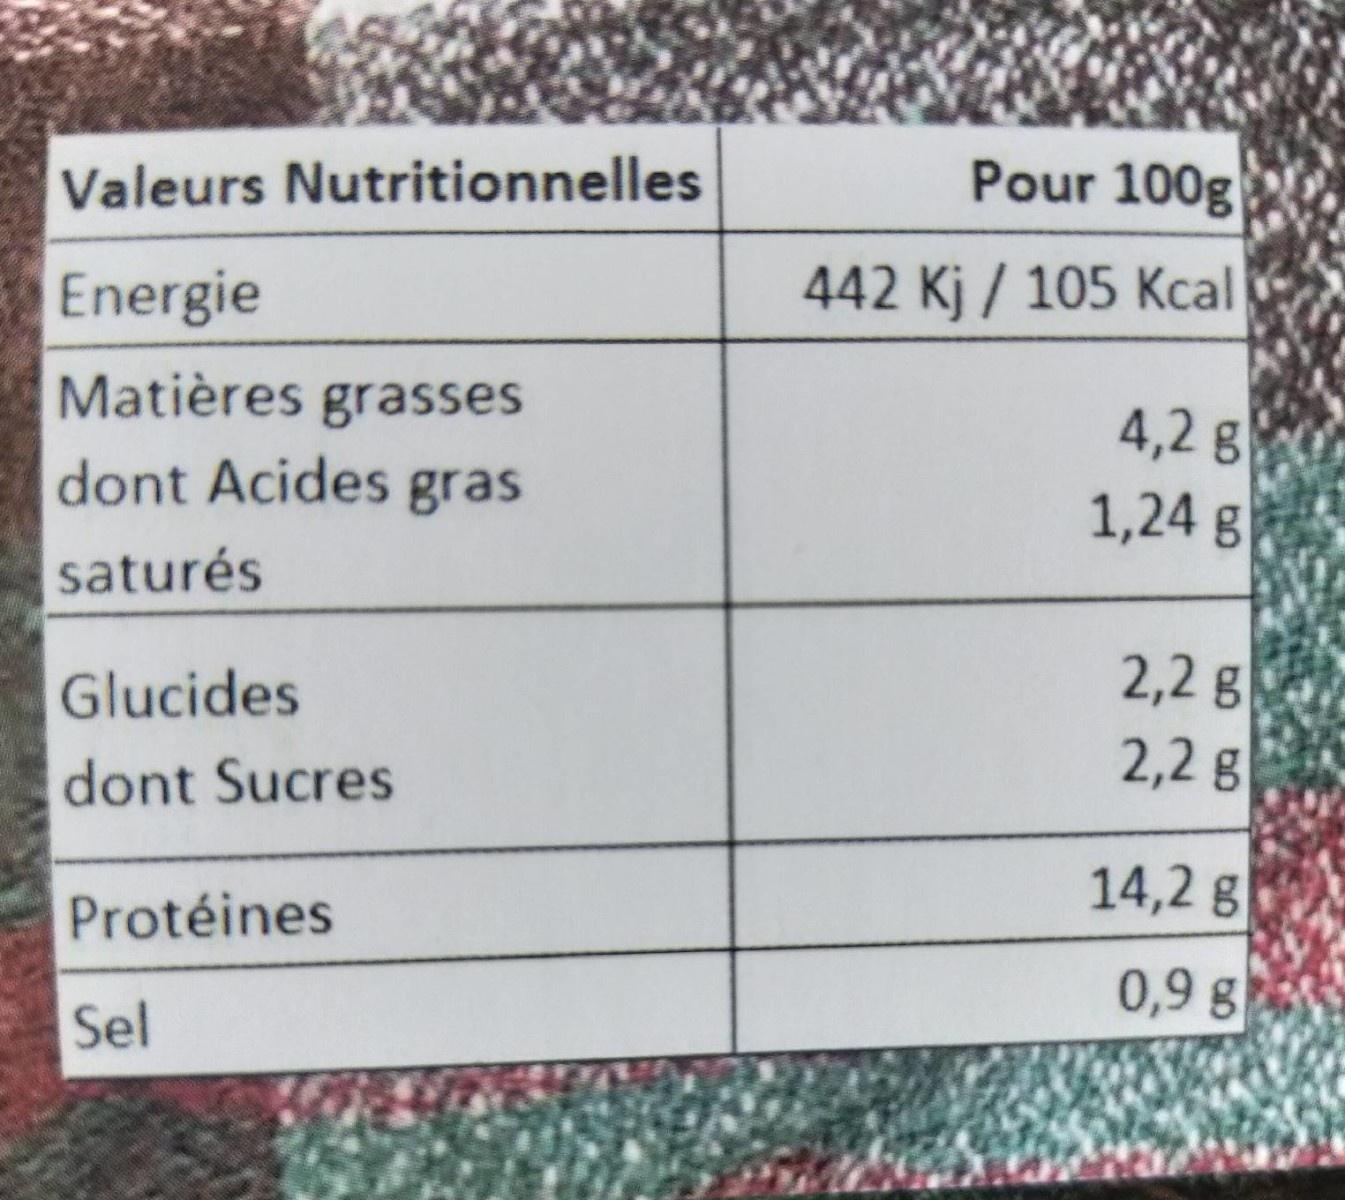
Valeurs Nutritionnelles
Pour 100g
Energie
442 Kj / 105 Kcal
Matières grasses
4,2 g 1,24 g
dont Acides gras
saturés
Glucides
2,2 g
dont Sucres
2,2 g
14,2 g
Protéines
0,9 g
Sel